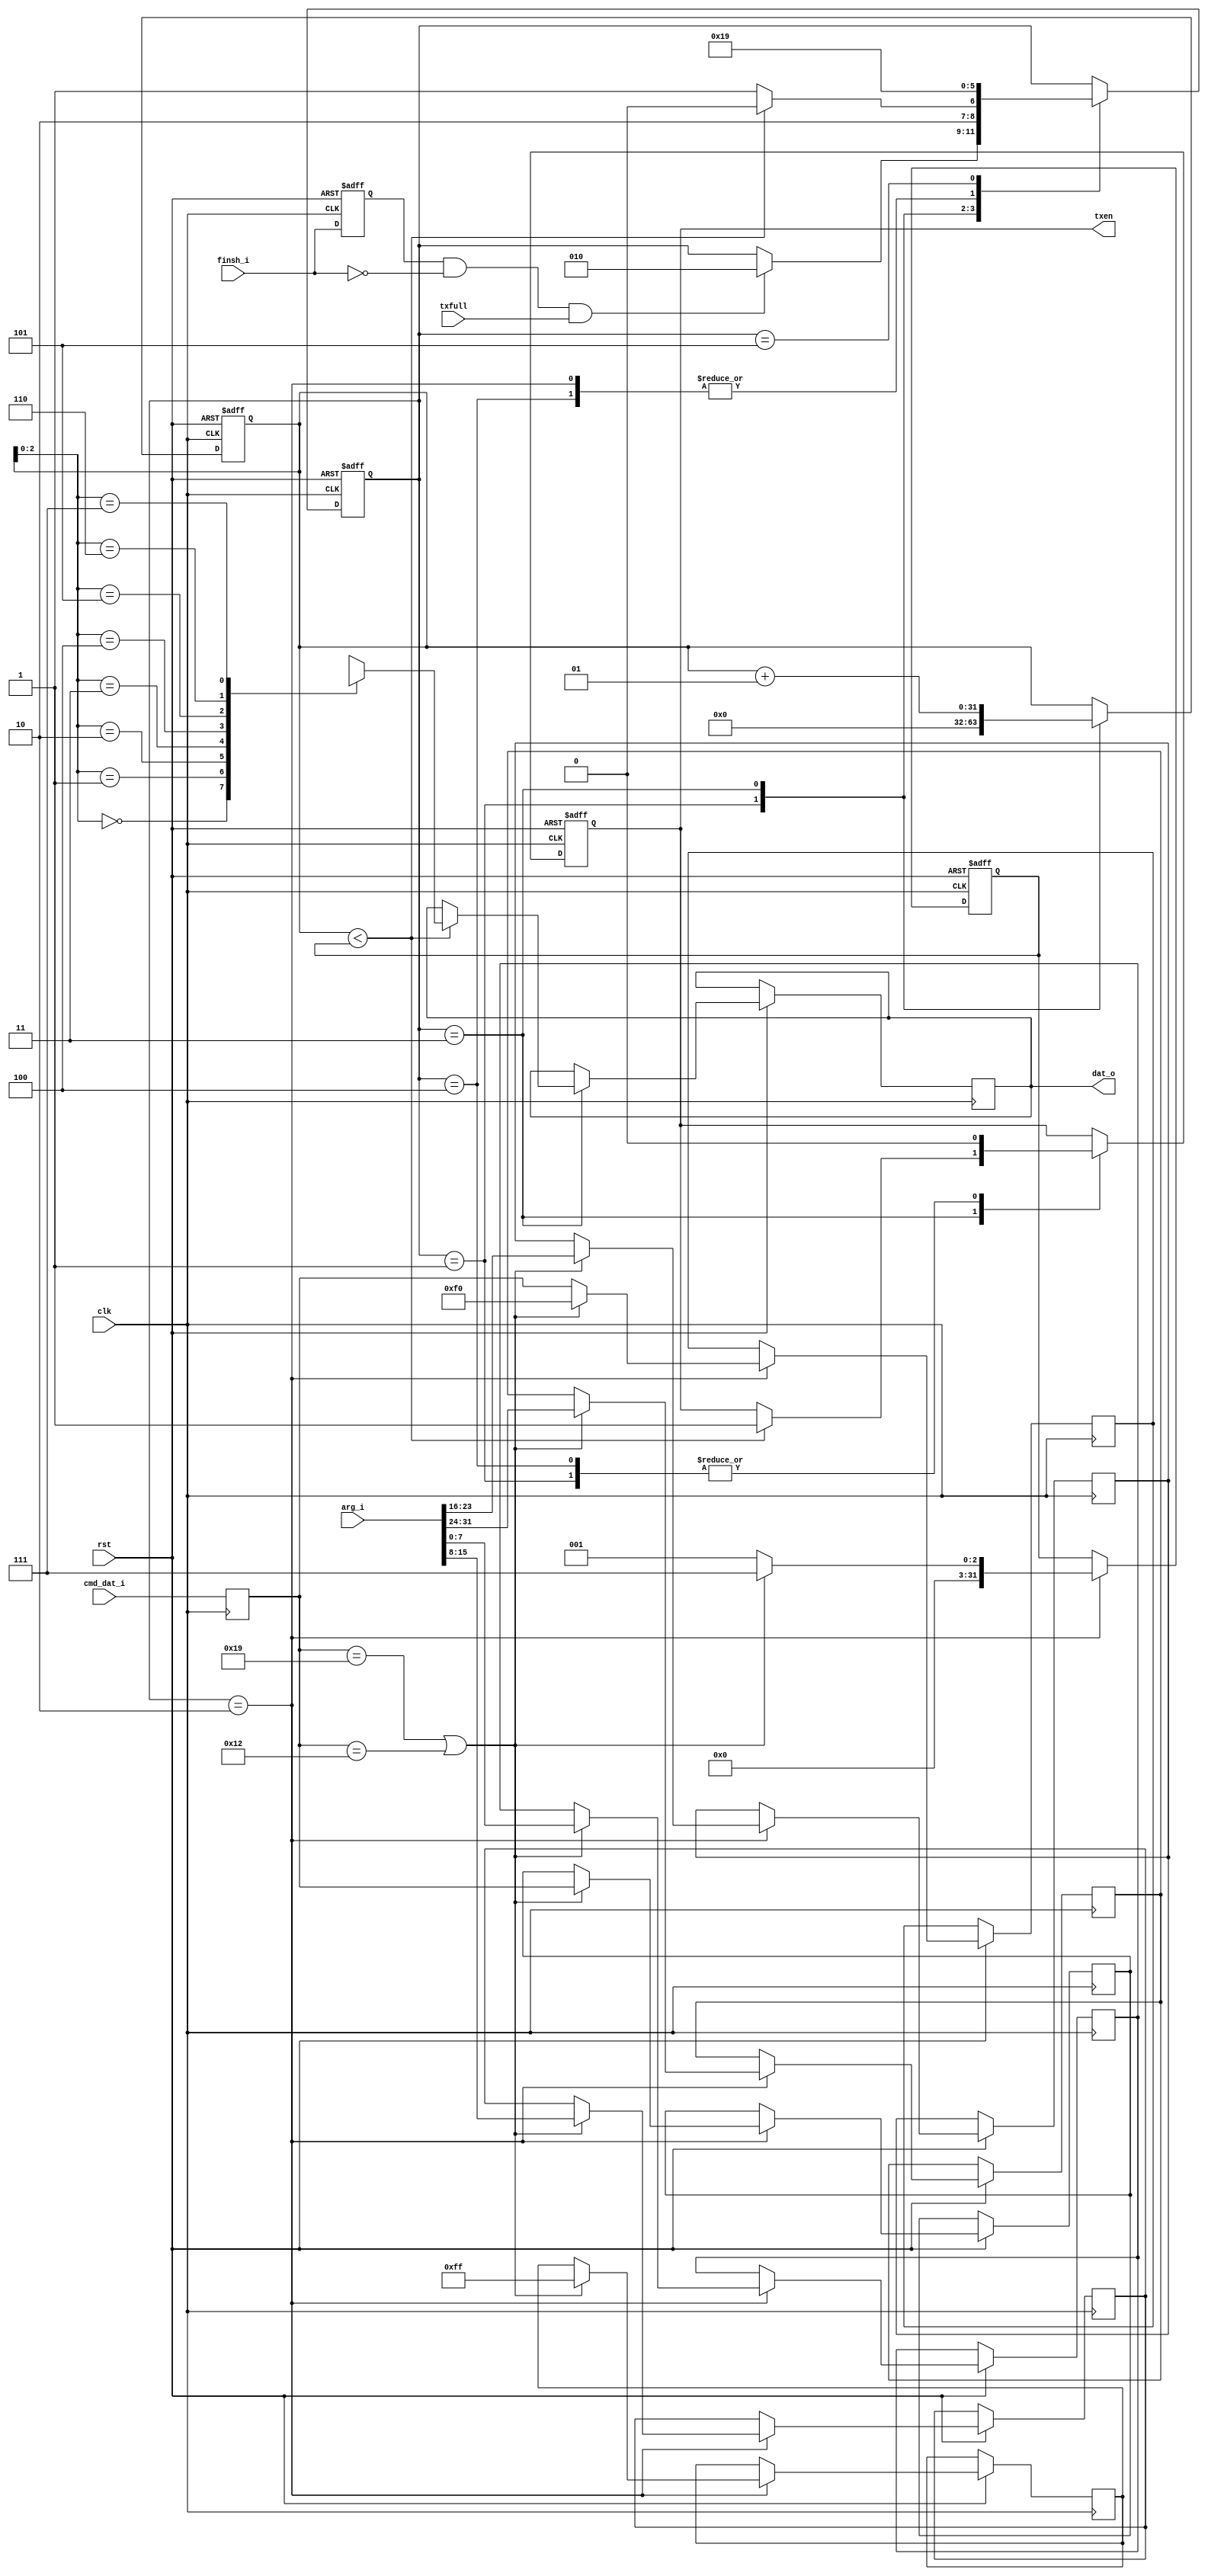
`timescale 1ns / 10ps
//////////////////////////////////////////////////////////////////////////////////
// Company: 
// Engineer: 
// 
// Design Name: 
// Module Name:    ctrl 
// Project Name: 
// Target Devices: 
// Tool versions: 
// Description: 
//
// Dependencies: 
//
// Revision: 
// Revision 0.01 - File Created
// Additional Comments: 
//
//////////////////////////////////////////////////////////////////////////////////
module ctrl(
	input rst,
	input clk,
	input txfull,
	output txen,
	output reg [7:0]dat_o,
	input [7:0]cmd_dat_i,
	input [31:0]arg_i,
	input finsh_i
    );

	parameter true = 1'b0, false = 1'b1;
	reg txe = false;
	assign txen = txe;
	
	reg [7:0] cmd_dat;
	parameter BUFF_LEN = 8;
	reg [7:0]dat_buff[BUFF_LEN-1:0];
	integer buff_len;
	integer ptr;
	
	reg ienbuf = 1'b0;
	wire negedge_ien = ienbuf & ~finsh_i;
	
	parameter IDLE = 3'd1, PARSE_CMD = 3'd2, TXDAT = 3'd3, TXWAIT = 3'd4, TXFINSH = 3'd5;
	reg [2:0]ctrstate = IDLE;
	
	always @(posedge clk) begin
		cmd_dat <= cmd_dat_i;
	end
	
	always @(posedge clk or negedge rst) begin
		if (rst == 1'b0) begin
			ienbuf <= 1'b0;
		end
		else begin
			ienbuf <= finsh_i;
		end
	
	end
	
	
	always @(posedge clk or negedge rst) begin
		if(rst == 1'b0) begin
			txe <= 1'b0;
			ctrstate <= IDLE;
			buff_len <= 0;
			ptr <= 0;
		end
		else begin
			case(ctrstate)
				IDLE: begin
					txe <= 1'b0;
					ptr <= 0;
					if(negedge_ien && (txfull == false)) begin
						ctrstate <= PARSE_CMD;
					end
				end
				PARSE_CMD: begin
					//dat_o <= cmd_dat_i;
					if (cmd_dat == 25 || cmd_dat == 18) begin
						dat_buff[0] <= 8'hf0;
						dat_buff[1] <= cmd_dat;
						dat_buff[2] <= arg_i[31:24];
						dat_buff[3] <= arg_i[23:16];
						dat_buff[4] <= arg_i[15:8];
						dat_buff[5] <= arg_i[7:0];
						dat_buff[6] <= 8'hff;
						buff_len <= 7;
					end
					else begin
						dat_buff[0] <= cmd_dat;
						buff_len <= 1;
					end
					//txe <= 1'b1;
					ctrstate <= TXDAT;
				end
				TXDAT: begin
					if (ptr < buff_len) begin
						txe <= 1'b1;
						dat_o <= dat_buff[ptr];
						ctrstate <= TXWAIT;
					end
					else begin
						ctrstate <= TXFINSH;
					end
					ptr <= ptr + 1;
				end
				TXWAIT: begin
					txe <= 1'b0;
					ctrstate <= TXDAT;
				end
				TXFINSH: begin
					ctrstate <= IDLE;
				end
			endcase
		end
	end

endmodule